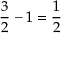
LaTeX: { \frac { 3 } { 2 } } - 1 = { \frac { 1 } { 2 } }